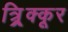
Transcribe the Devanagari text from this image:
त्र्र्र्रिक्कूर